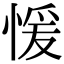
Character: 愋